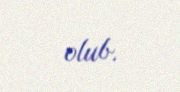
olub.